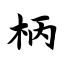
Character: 柄